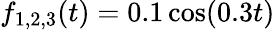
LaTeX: f_{1,2,3}(t)=0.1\cos(0.3t)